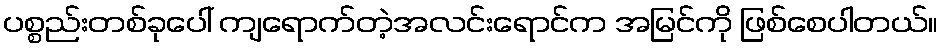
ပစ္စည်းတစ်ခုပေါ် ကျရောက်တဲ့အလင်းရောင်က အမြင်ကို ဖြစ်စေပါတယ်။